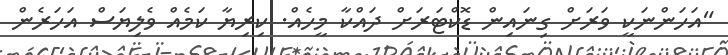
"އަހަންނަކީ ވަރަށް ގިނައިން ޑޮކްޓަރަށް ދައްކާ މީހެއް. ކިރިޔާ ކަމެއް ވެލިޔަސް އަހަރެން